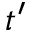
t ^ { \prime }